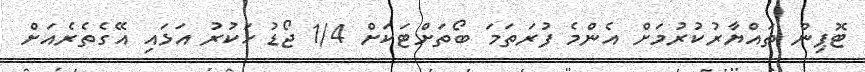
ޓޮޕިން ތައްޔާރުކުރުމަށް އެންމެ ފުރަތަމަ ބޯތަށްޓަކަށް 1/4 ޖޯޑު ހަކުރު އަޅައި އޭގެތެރެއަށް